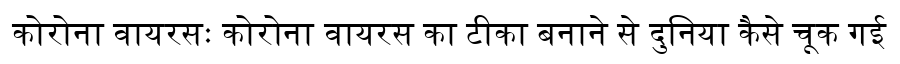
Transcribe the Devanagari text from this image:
कोरोना वायरसः कोरोना वायरस का टीका बनाने से दुनिया कैसे चूक गई